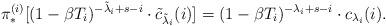
LaTeX: \begin{align*} \pi^{(i)}_*[ (1-\beta T_i)^{-\tilde\lambda_i+s-i} \cdot \tilde{c}_{\tilde\lambda_i}(i)] = (1-\beta T_i)^{-\lambda_i+s-i} \cdot c_{\lambda_i}(i).\end{align*}